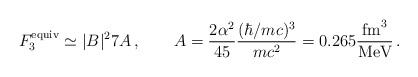
\begin{align*}F_3^{\rm equiv}\simeq \vert B\vert ^2 7 A\,,\qquad A=\frac{2\alpha^2}{45}\frac{(\hbar/mc)^3}{mc^{2}}=0.265 \frac{\mbox{fm}^3}{\mbox{MeV}}\,.\end{align*}